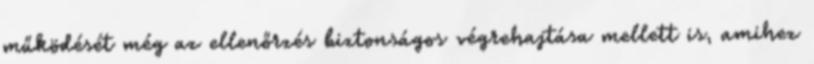
működését még az ellenőrzés biztonságos végrehajtása mellett is, amihez